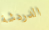
الدردشة